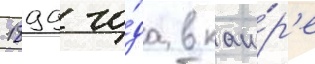
1899 го́да в каи́р'е